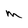
Character: m